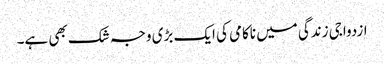
ازدواجی زندگی میں ناکامی کی ایک بڑی وجہ شک بھی ہے۔